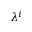
\lambda ^ { i }